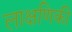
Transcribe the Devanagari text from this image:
लाक्षणिकी